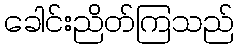
ခေါင်းညိတ်ကြသည်